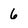
Character: 6